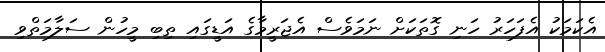
އެކަމަކު އެފަހަރު ހަނި ގޮތަކަށް ނަމަވެސް އެޖަރީމާގެ އަޑީގައި ތިބި މީހުން ސަލާމަތްވި